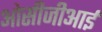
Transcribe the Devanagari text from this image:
ओसीजीआई